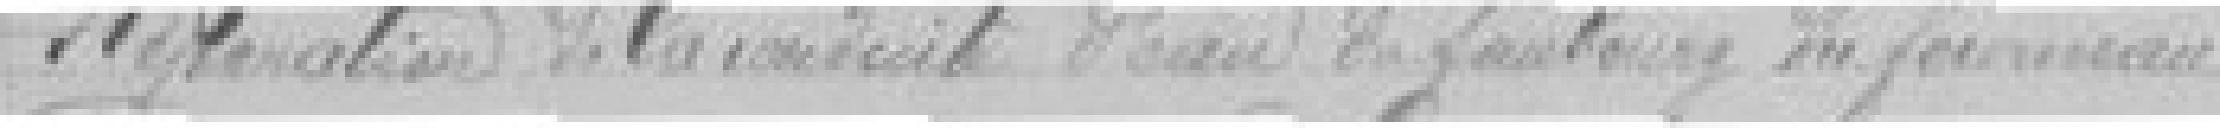
Réparation de la conduite d'eau du faubourg du ???